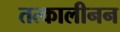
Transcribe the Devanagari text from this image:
तत्कालीनन